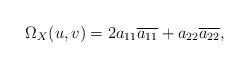
LaTeX: \begin{align*} \Omega_X(u,v) = 2a_{11}\overline{a_{11}} + a_{22}\overline{a_{22}}, \end{align*}